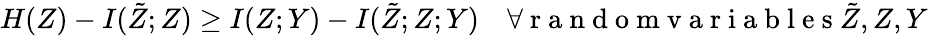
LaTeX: H(Z)-I(\tilde{Z};Z)\ge I(Z;Y)-I(\tilde{Z};Z;Y)\quad\forall\mathrm{~r~a~n~d~o~m~v~a~r~i~a~b~l~e~s~}\tilde{Z},Z,Y